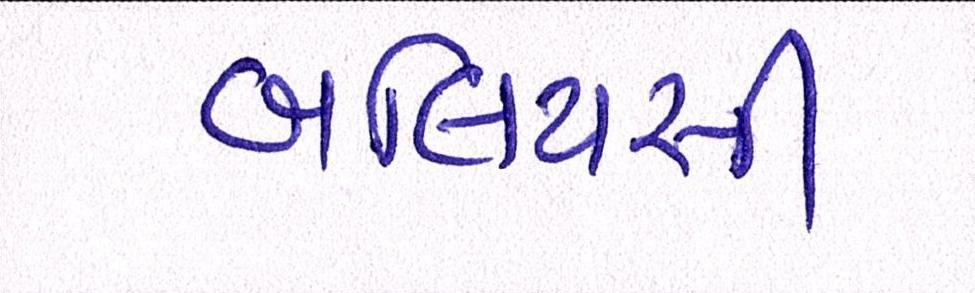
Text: બલિયસી